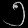
Digit: ၅